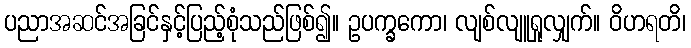
ပညာအဆင်အခြင်နှင့်ပြည့်စုံသည်ဖြစ်၍။ ဥပက္ခကော၊ လျစ်လျူရှုလျှက်။ ဝိဟရတိ၊